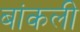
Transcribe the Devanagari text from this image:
बांकली